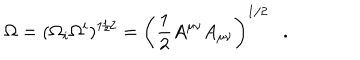
LaTeX: \Omega = ( \Omega _ { i } \Omega ^ { i } ) ^ { 1 / 2 } = \left( \frac 1 2 A ^ { \mu \nu } A _ { \mu \nu } \right) ^ { 1 / 2 } .